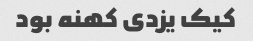
کیک یزدی کهنه بود